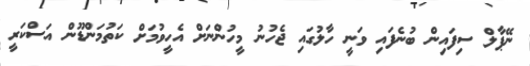
ނޭޕާލް ސިފައިން ބުނެފައި ވަނީ ހާލުގައި ޖެހުނު މީހުންނަށް އެހީވުމަށް ކަތުމަންޑޫން އަސްކަރީ